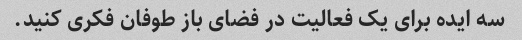
سه ایده برای یک فعالیت در فضای باز طوفان فکری کنید.